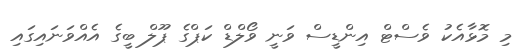
މި މޮޅާއެކު ވެސްޓް އިންޑީސް ވަނީ ވޯލްޑް ކަޕްގެ ޕޫލް ބީގެ އެއްވަނައިގައި